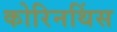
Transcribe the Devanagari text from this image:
कोरिनथिंस